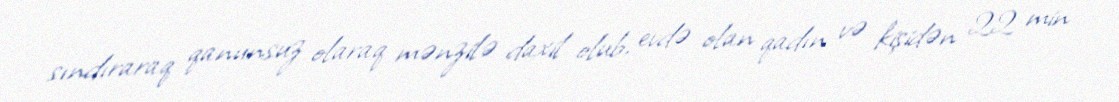
sındıraraq qanunsuz olaraq mənzilə daxil olub, evdə olan qadın və kişidən 22 min